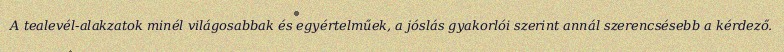
A tealevél-alakzatok minél világosabbak és egyértelműek, a jóslás gyakorlói szerint annál szerencsésebb a kérdező.